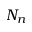
N _ { n }